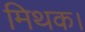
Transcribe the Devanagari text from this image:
मिथक।